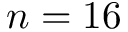
n = 1 6